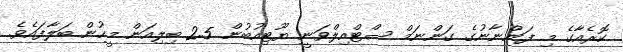
ކޮރެއާގެ މި ފަންނާނުގެ ގަންނަމް ސްޓްއިލްވަނީ ޔޫޓިއުބުން 2.5 ބިލިއަން މީހުން ބަލާފައެވެ.